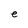
Character: e